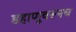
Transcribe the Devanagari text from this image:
डहाणूवरूनच